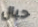
حبال